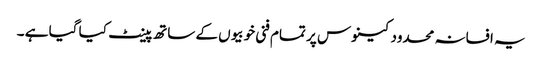
یہ افسانہ محدود کینوس پر تمام فنی خوبیوں کے ساتھ پینٹ کیا گیا ہے ۔